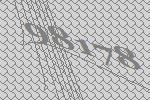
98178